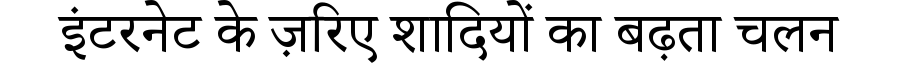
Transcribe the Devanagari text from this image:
इंटरनेट के ज़रिए शादियों का बढ़ता चलन